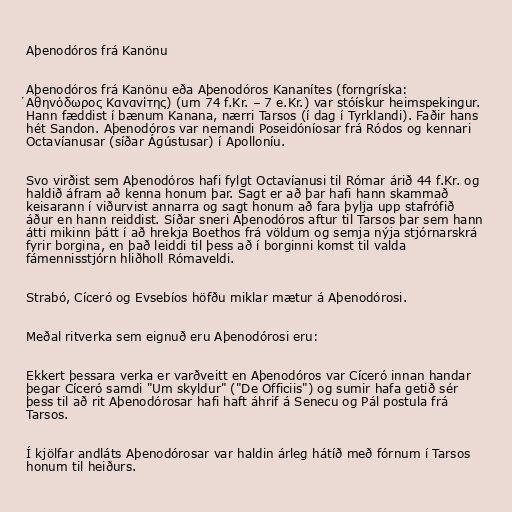
Aþenodóros frá Kanönu

Aþenodóros frá Kanönu eða Aþenodóros Kananítes (forngríska:
̉Αθηνόδωρος Κανανίτης) (um 74 f.Kr. – 7 e.Kr.) var stóískur heimspekingur.
Hann fæddist í bænum Kanana, nærri Tarsos (í dag í Tyrklandi). Faðir hans
hét Sandon. Aþenodóros var nemandi Poseidóníosar frá Ródos og kennari
Octavíanusar (síðar Ágústusar) í Apolloníu.

Svo virðist sem Aþenodóros hafi fylgt Octavíanusi til Rómar árið 44 f.Kr. og
haldið áfram að kenna honum þar. Sagt er að þar hafi hann skammað
keisarann í viðurvist annarra og sagt honum að fara þylja upp stafrófið
áður en hann reiddist. Síðar sneri Aþenodóros aftur til Tarsos þar sem hann
átti mikinn þátt í að hrekja Boethos frá völdum og semja nýja stjórnarskrá
fyrir borgina, en það leiddi til þess að í borginni komst til valda
fámennisstjórn hliðholl Rómaveldi.

Strabó, Cíceró og Evsebíos höfðu miklar mætur á Aþenodórosi.

Meðal ritverka sem eignuð eru Aþenodórosi eru:

Ekkert þessara verka er varðveitt en Aþenodóros var Cíceró innan handar
þegar Cíceró samdi "Um skyldur" ("De Officiis") og sumir hafa getið sér
þess til að rit Aþenodórosar hafi haft áhrif á Senecu og Pál postula frá
Tarsos.

Í kjölfar andláts Aþenodórosar var haldin árleg hátíð með fórnum í Tarsos
honum til heiðurs.